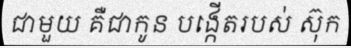
ជាមួយ គឺជាកូន បង្កើតរបស់ ស៊ុក